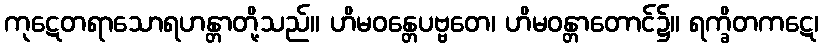
ကုဋေတရာသောရဟန္တာတို့သည်။ ဟိမဝန္တေပဗ္ဗတေ၊ ဟိမဝန္တာတောင်၌။ ရက္ခိတကဋေ၊